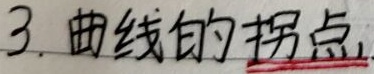
3. 曲线的拐点